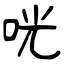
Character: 咣